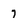
Character: 7